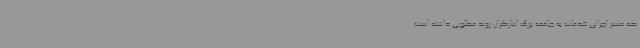
که مسیر اجرای خدمات به جامعه بزرگ ایثارگران روند مطلوبی داشته است.